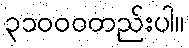
၃၁၀၀၀တည်းပါ။